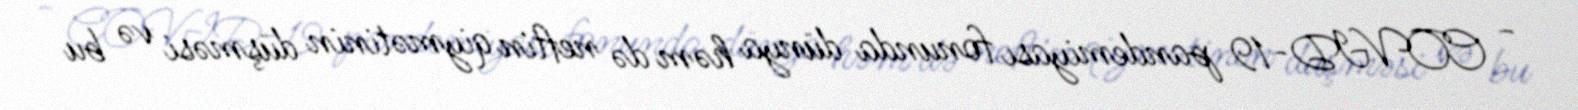
- COVID-19 pandemiyası fonunda dünya həm də neftin qiymətinin düşməsi və bu